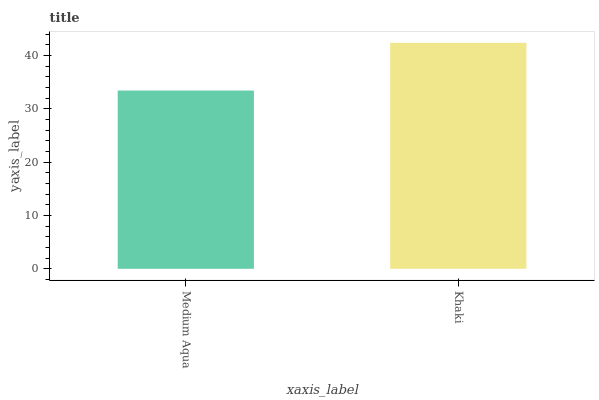
| xaxis_label | bars |
 | --- | --- |
 | Medium Aqua | 33.4 |
 | Khaki | 42.4 |